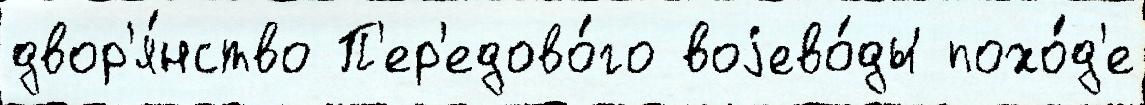
двор'я́нство П'ер'едово́го воjево́ды похо́д'е